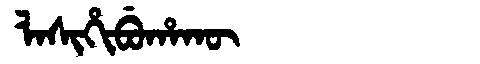
Manchu: ᠯᠠᠰᡳᡥᡳᠪᡠᡥᠠᡴᡡ
Romanization: LASIHIBUHAKŪ